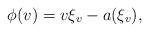
LaTeX: \begin{align*}\phi(v) = v\xi_v - a(\xi_v),\end{align*}